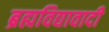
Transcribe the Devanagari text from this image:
ब्रह्मविद्यावादी